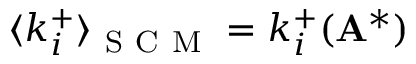
\langle k _ { i } ^ { + } \rangle _ { \mathrm { ~ S ~ C ~ M ~ } } = k _ { i } ^ { + } ( \mathbf { A } ^ { * } )